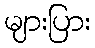
များပြား